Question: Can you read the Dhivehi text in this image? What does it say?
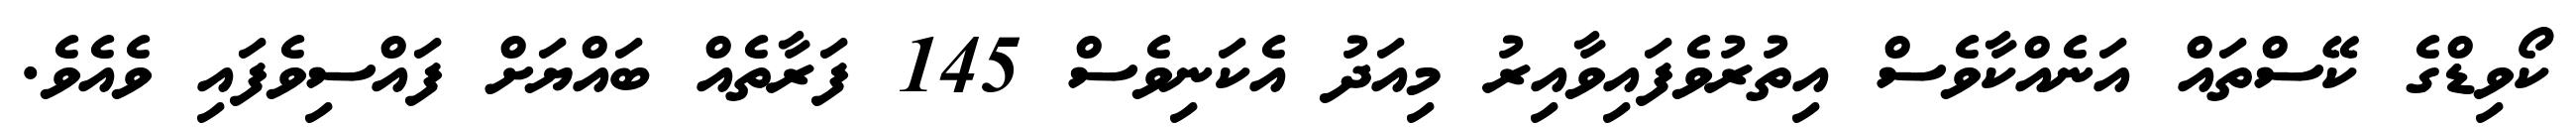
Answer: ކޯވިޑްގެ ކޭސްތައް އަނެއްކާވެސް އިތުރުވެފައިވާއިރު މިއަދު އެކަނިވެސް 145 ފަރާތެއް ބައްޔަށް ފައްސިވެފައި ވެއެވެ.